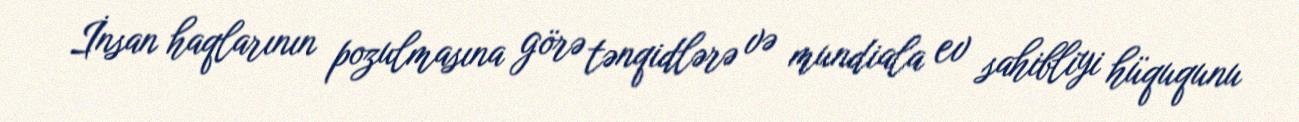
İnsan haqlarının pozulmasına görə tənqidlərə və mundiala ev sahibliyi hüququnu